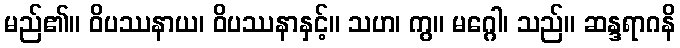
မည်၏။ ဝိပဿနာယ၊ ဝိပဿနာနှင့်။ သဟ၊ ကွ။ မဂ္ဂေါ၊ သည်။ ဆန္ဒရာဂနိ